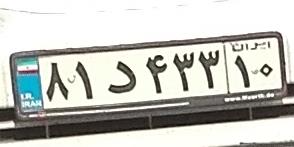
۸۱د۴۳۳۱۰